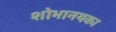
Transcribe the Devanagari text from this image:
शोभानयका